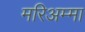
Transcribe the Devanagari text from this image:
मरिअम्मा